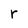
Character: r